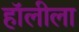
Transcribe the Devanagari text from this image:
हॉलीला